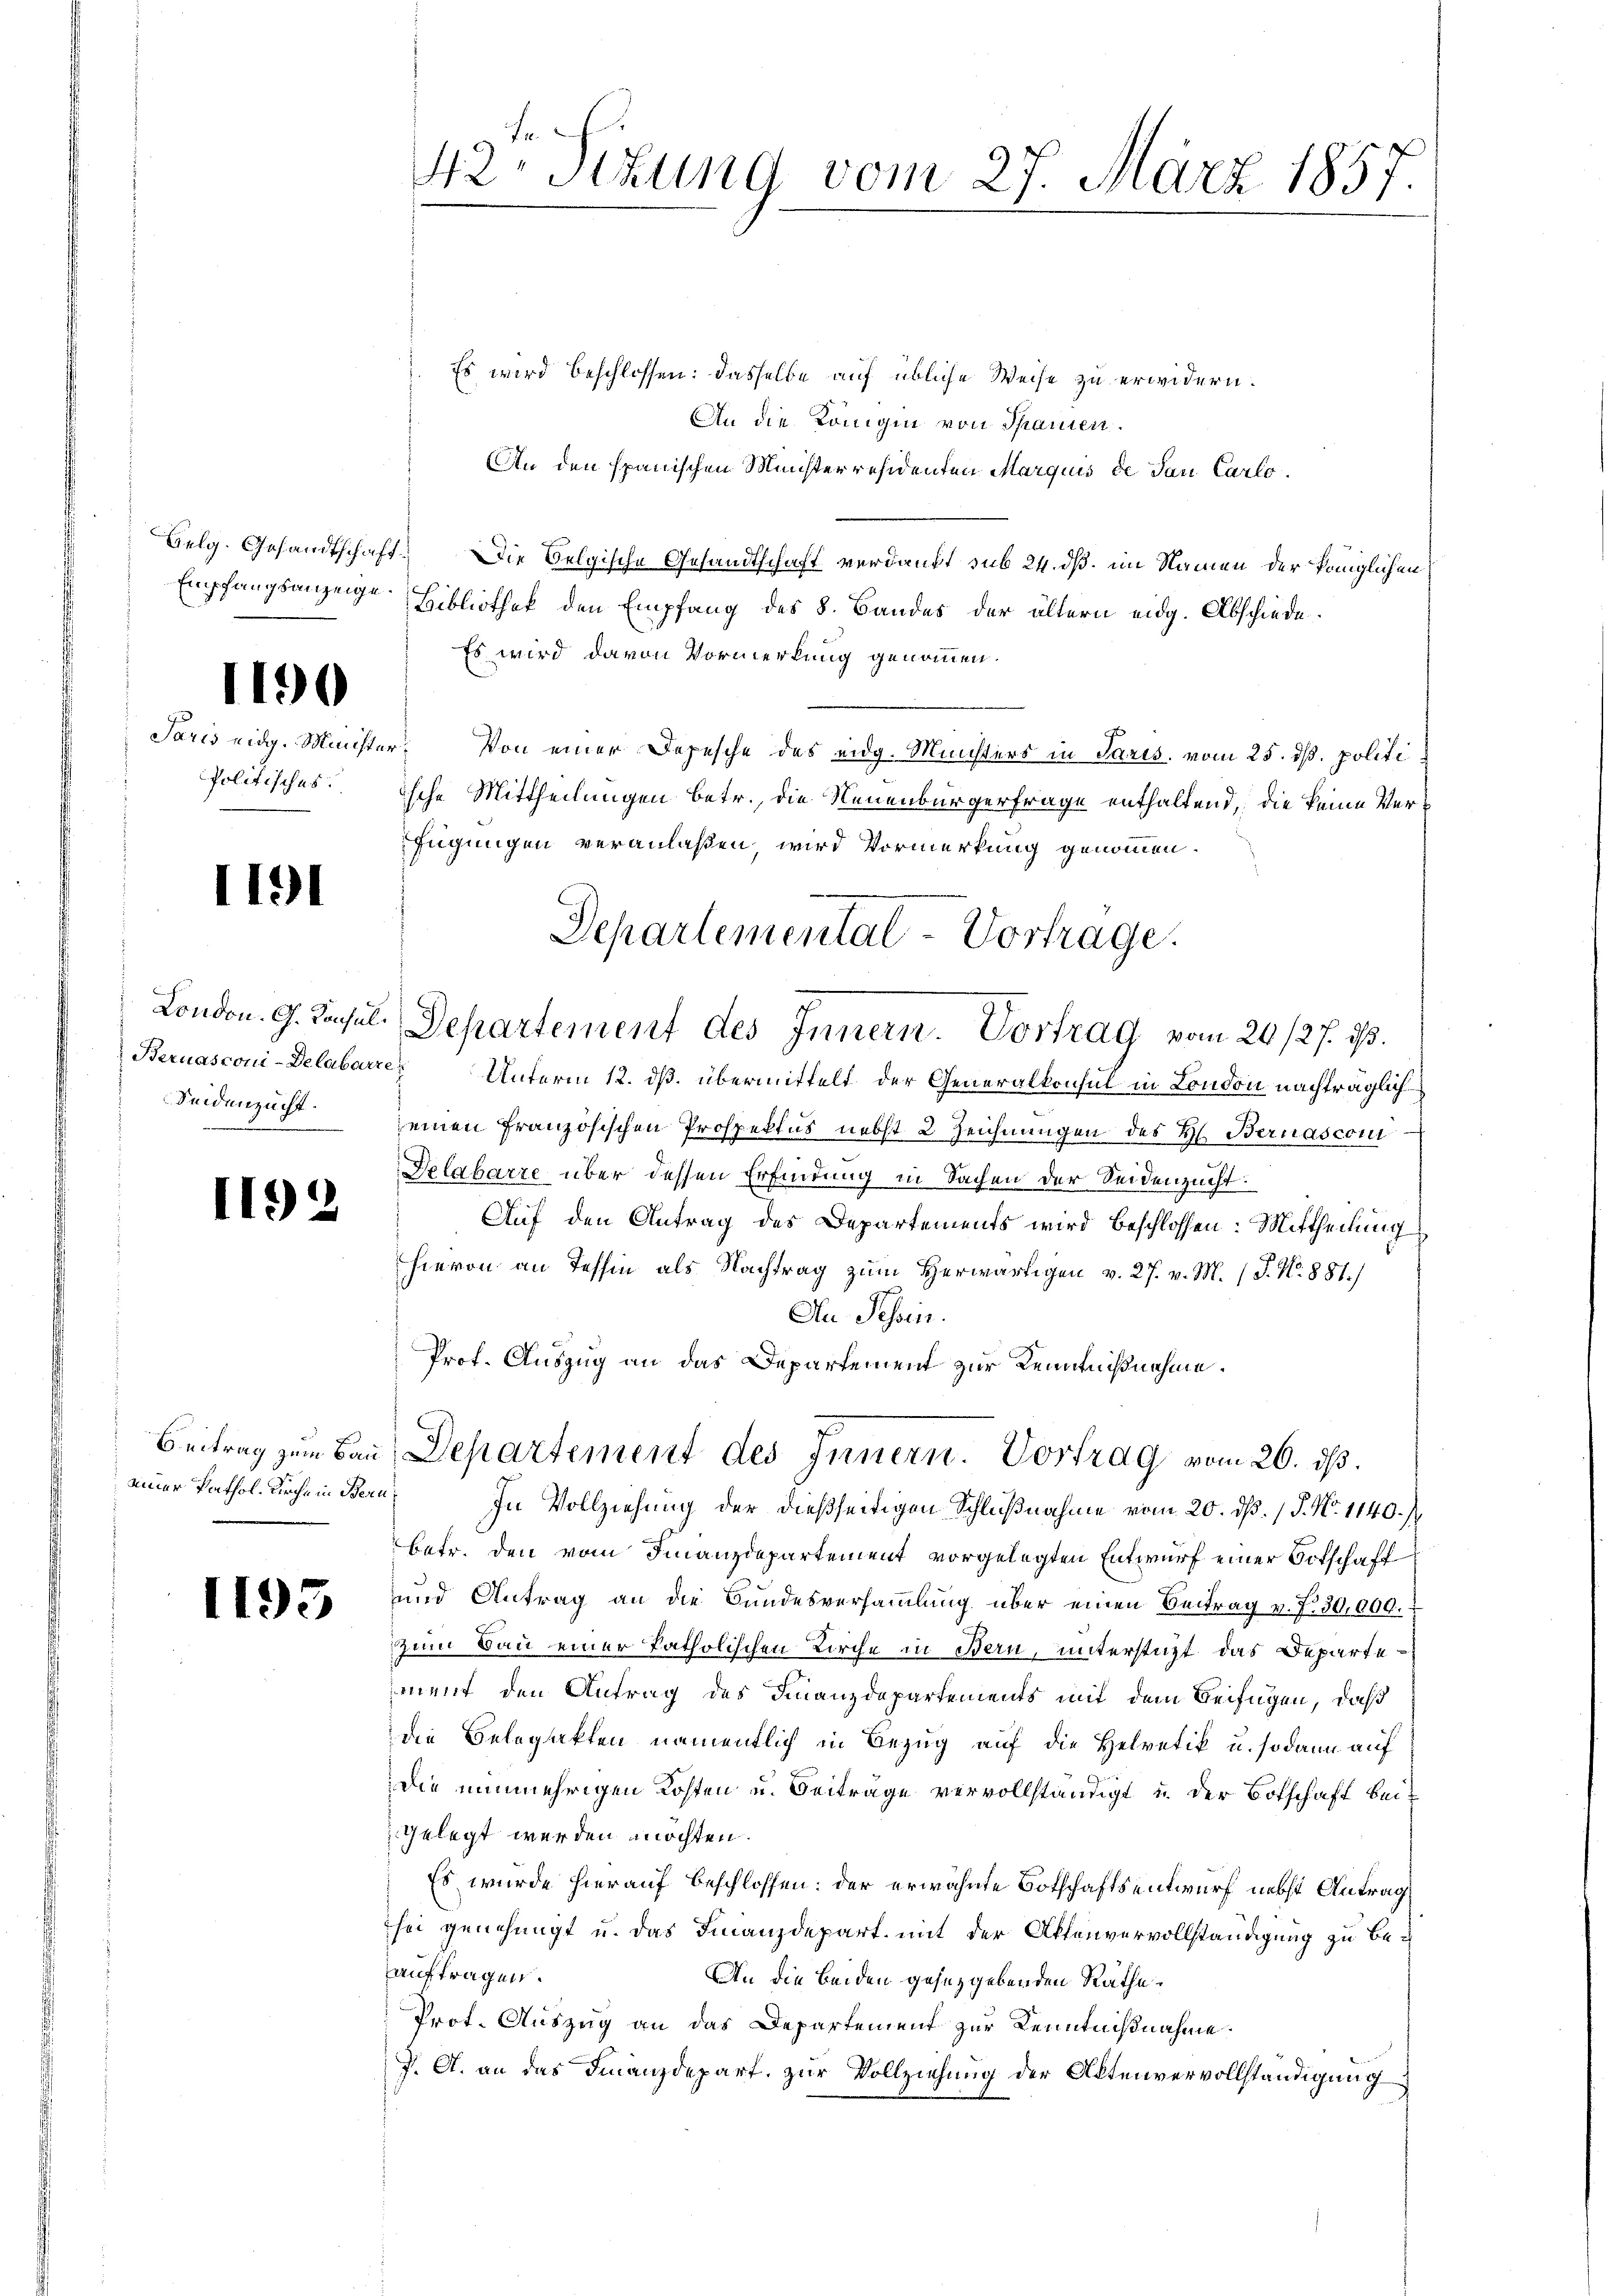
Empfangsanzeige.

1191

190

Paris eidg. Ministe
Politisches.

Seidenzucht.

2

1195

einer Pathol. Kirche in Beru¬

. Es wird beschlossen: dasselbe auf übliche Weise zu erwidern.
An die Königin von Spanien.
An den spanischen Ministerresidenten Marquis de San Carlo¬
Belg. Gesandtschaft. Die Belgische Gesandtschaft verdankt sub 24. dß. im Namen der Königlichen
Bibliothek den Empfang des 8. Bandes der ältern eidg. Abschiede
Es wird davon Vormerkung genommen.
er. Von einer Depesche des eidg. Ministers in Paris, vom 25. dß. politiische Mittheilungen betr., die Neuenburgerfrage enthaltend, die keine Verfügungen veranlaßen, wird Vormerkung genommen.
Bernasconi-Delabarre Unterm 12. ds. übermittelt der Generalkonsul in London nachträglicheinen französischen Prospektus nebst 2 Zeichnungen des H. Bernasconi
Pelabarze über dessen Erfindung in Sachen der Seidenzucht:
Auf den Antrag des Departements wird beschlossen: Mittheilung
hievon an Tessin als Nachtrag zum Herwärtigen v. 27. v. M. (S. Nr. 881.)
An Tessin.
Prof. Auszug an das Departement zur Kenntnißnahme.
Beitrag zum Bau Departement des Innern. Vortrag vom 26. ds.
In Vollziehung der dießseitigen Schlußnahme vom 20. dß. / P. Nr. 1140.)
betr. den vom Finanzdepartement vorgelegten Entwurf einer Botschaft
und Antrag an die Bundesversammlung über einen Beitrag v. J. 30,000.
zum Bau einer katholischen Kirche in Bern, unterstüzt das Departement den Antrag des Finanzdepartements mit dem Beifügen, daß
die Belopakten namentlich in Bezug auf die Helvetik u. sodann auf
Die nunmehrigen Kosten u. Beiträge vervollständigt u. der Botschaft beigelegt werden möchten.
Es wurde hierauf beschlossen: der erwähnte Botschaftsentwurf nebst Antrag
sei genehmigt u. das Finanzdepart mit der Aktenvervollständigung zu beauftragen.
An die beiden gesetzgebenden Räthe¬
Prot. Auszug an das Departement zur Kenntnißnahme
J. A. an das Finanzdepart, zur Vollziehung der Aktenvervollständigung

f
42. Sitzung vom 27. März 1857.

Departemental-Vortrage.
London. G. Resul. Departement des Innern. Vortrag vom 26/27. ist.